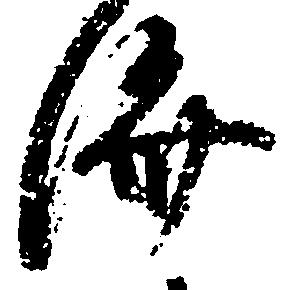
済